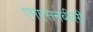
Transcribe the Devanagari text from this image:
एमएसनबीसी